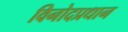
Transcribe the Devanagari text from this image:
विनोदप्रधान